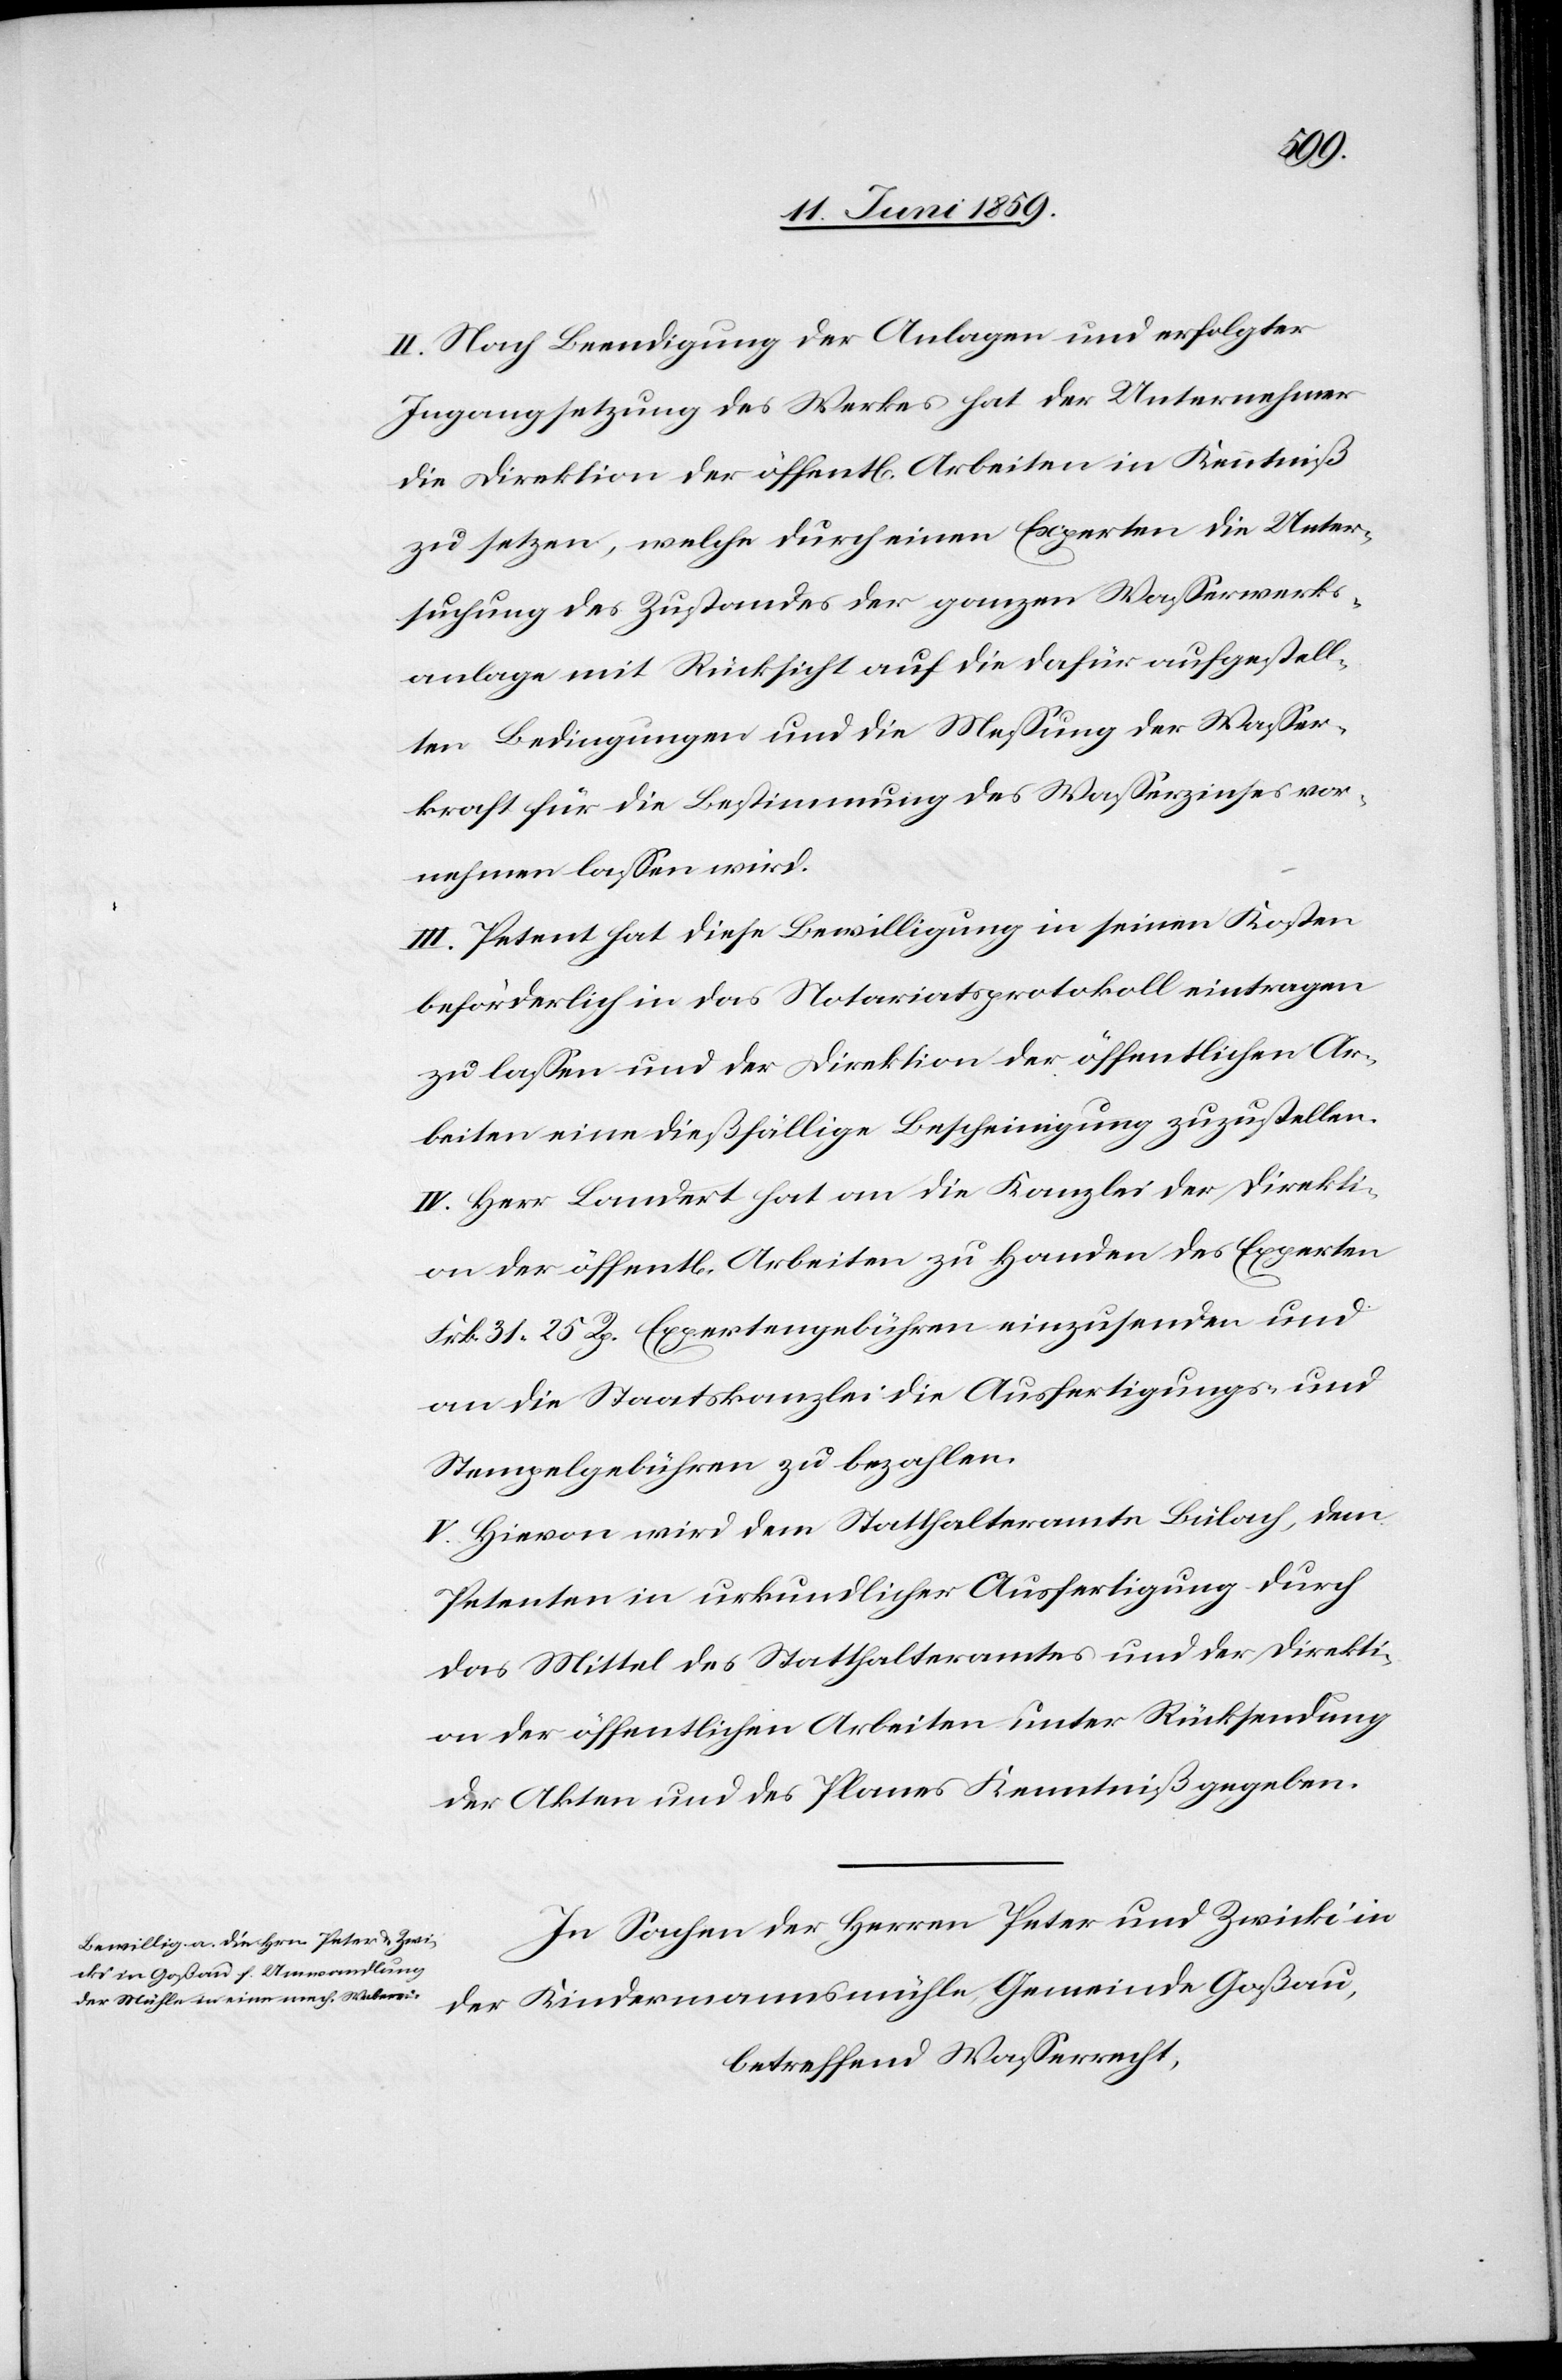
II. Nach Beendigung der Anlagen und erfolgter
Ingangsetzung des Werkes hat der Unternehmer
die Direktion der öffentl. Arbeiten in Kenntniß
zu setzen, welche durch einen Experten die Unter¬
suchung des Zustandes der ganzen Wasserwerks¬
anlage mit Rücksicht auf die dafür aufgestell¬
ten Bedingungen und die Messung der Wasser¬
kraft für die Bestimmung des Wasserzinses vor¬
nehmen lassen wird.
III. Petent hat diese Bewilligung in seinen Kosten
beförderlich in das Notariatsprotokoll eintragen
zu lassen und der Direktion der öffentlichen Ar¬
beiten eine dießfällige Bescheinigung zuzustellen.
IV. Herr Landert hat an die Kanzlei der Direkti¬
on der öffentl. Arbeiten zu Handen des Experten
Frk. 31.25 Rp. Expertengebühren einzusenden und
an die Staatskanzlei die Ausfertigungs- und
Stempelgebühren zu bezahlen.
V. Hievon wird dem Statthalteramte Bülach, dem
Petenten in urkundlicher Ausfertigung durch
das Mittel des Statthalteramtes und der Direkti¬
on der öffentlichen Arbeiten unter Rücksendung
der Akten und des Planes Kenntniß gegeben.
In Sachen der Herren Peter und Zwicki in
der Kindesmannsmühle, Gemeinde Goßau,
betreffend Wasserrecht,